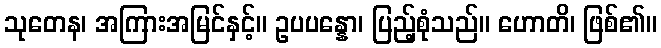
သုတေန၊ အကြားအမြင်နှင့်။ ဥပပန္နော၊ ပြည့်စုံသည်။ ဟောတိ၊ ဖြစ်၏။